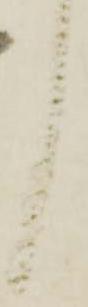
く